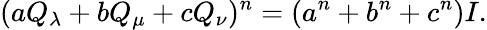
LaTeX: (aQ_{\lambda}+bQ_{\mu}+cQ_{\nu})^{n}=(a^{n}+b^{n}+c^{n})I.